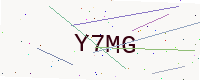
Text: Y7MG